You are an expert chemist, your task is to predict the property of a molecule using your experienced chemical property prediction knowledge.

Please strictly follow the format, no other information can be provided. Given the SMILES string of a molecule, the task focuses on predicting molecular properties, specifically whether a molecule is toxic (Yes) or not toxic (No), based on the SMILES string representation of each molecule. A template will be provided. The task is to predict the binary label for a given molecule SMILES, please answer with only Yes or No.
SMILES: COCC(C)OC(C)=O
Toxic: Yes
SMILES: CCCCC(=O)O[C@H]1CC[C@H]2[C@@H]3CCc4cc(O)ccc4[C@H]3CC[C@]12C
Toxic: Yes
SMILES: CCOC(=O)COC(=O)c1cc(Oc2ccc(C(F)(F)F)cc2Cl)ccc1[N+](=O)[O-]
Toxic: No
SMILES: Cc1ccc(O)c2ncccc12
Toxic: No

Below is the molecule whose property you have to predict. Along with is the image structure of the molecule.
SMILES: CCOC(=O)C1=C[C@@H](OC(CC)CC)[C@H](NC(C)=O)[C@@H](N)C1
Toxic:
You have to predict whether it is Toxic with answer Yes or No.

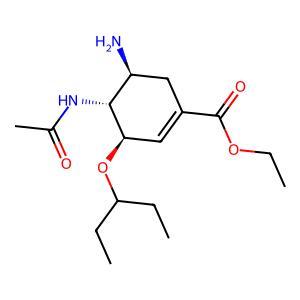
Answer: No